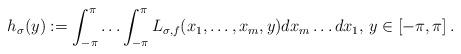
LaTeX: \begin{align*} h_\sigma(y):=\int_{-\pi}^\pi\ldots\int_{-\pi}^\pi L_{\sigma,f}(x_1,\ldots,x_m,y)dx_m\ldots dx_1,\,y\in[-\pi,\pi]\,.\end{align*}